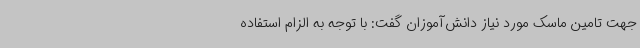
جهت تامین ماسک مورد نیاز دانش‌آموزان گفت: با توجه به الزام استفاده